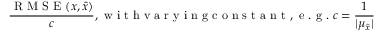
\frac { \mathrm { ~ R ~ M ~ S ~ E ~ } ( x , \hat { x } ) } { c } , \mathrm { ~ w ~ i ~ t ~ h ~ v ~ a ~ r ~ y ~ i ~ n ~ g ~ c ~ o ~ n ~ s ~ t ~ a ~ n ~ t ~ , ~ e ~ . ~ g ~ . ~ } c = \frac { 1 } { \lvert \mu _ { \hat { x } } \rvert }